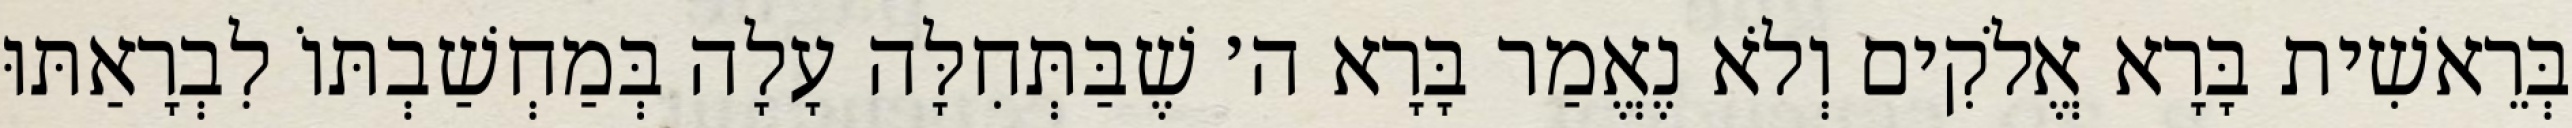
בְּרֵאשִׁית בָּרָא אֱלֹקִים וְלֹא נֶאֱמַר בָּרָא ה׳ שֶׁבַּתְּחִלָּה עָלָה בְּמַחְשַׁבְתּוֹ לִבְרָאַתּוּ